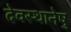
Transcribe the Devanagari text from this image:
देवस्थानेषु